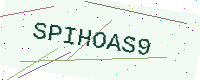
Text: SPIHOAS9